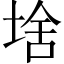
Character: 𱗂